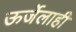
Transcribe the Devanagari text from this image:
ऊर्जेलाही